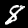
Digit: 8